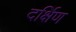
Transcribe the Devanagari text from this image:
दर्क्षिण